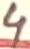
Text: 4